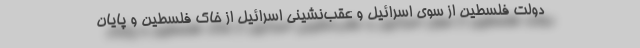
دولت فلسطین از سوی اسرائیل و عقب‌نشینی اسرائیل از خاک فلسطین و پایان